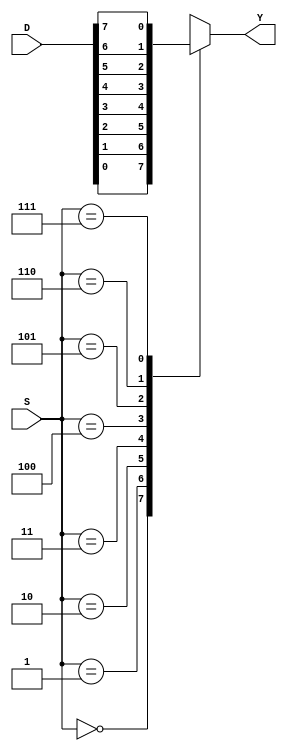
module mux8_3 (
    S,
    D,
    Y
);
  input [2:0] S;
  input [7:0] D;
  output Y;
  reg Y;
  wire [2:0] S;
  wire [7:0] D;
  always @* begin
    case (S)
      0: Y = D[0];
      1: Y = D[1];
      2: Y = D[2];
      3: Y = D[3];
      4: Y = D[4];
      5: Y = D[5];
      6: Y = D[6];
      7: Y = D[7];
    endcase
  end
endmodule